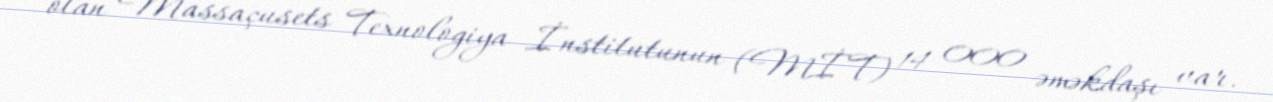
olan Massaçusets Texnologiya İnstitutunun (MİT) 14 000 əməkdaşı var.